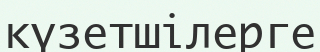
күзетшілерге